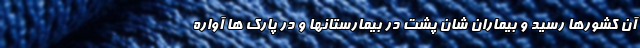
آن کشورها رسید و بیماران شان پشت در بیمارستانها و در پارک ها آواره